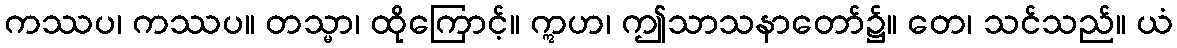
ကဿပ၊ ကဿပ။ တသ္မာ၊ ထိုကြောင့်။ ဣဟ၊ ဤသာသနာတော်၌။ တေ၊ သင်သည်။ ယံ